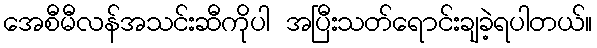
အေစီမီလန်အသင်းဆီကိုပါ အပြီးသတ်ရောင်းချခဲ့ရပါတယ်။